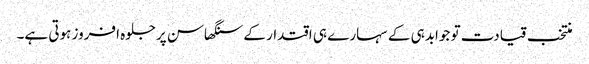
منتخب قیادت تو جوابدہی کے سہارے ہی اقتدار کے سنگھاسن پرجلوہ افروز ہوتی ہے۔